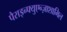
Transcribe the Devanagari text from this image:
पैराइन्फ्युएन्ज़ाशामिल